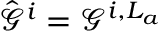
\hat { \mathcal { G } } ^ { i } = \mathcal { G } ^ { i , L _ { a } }